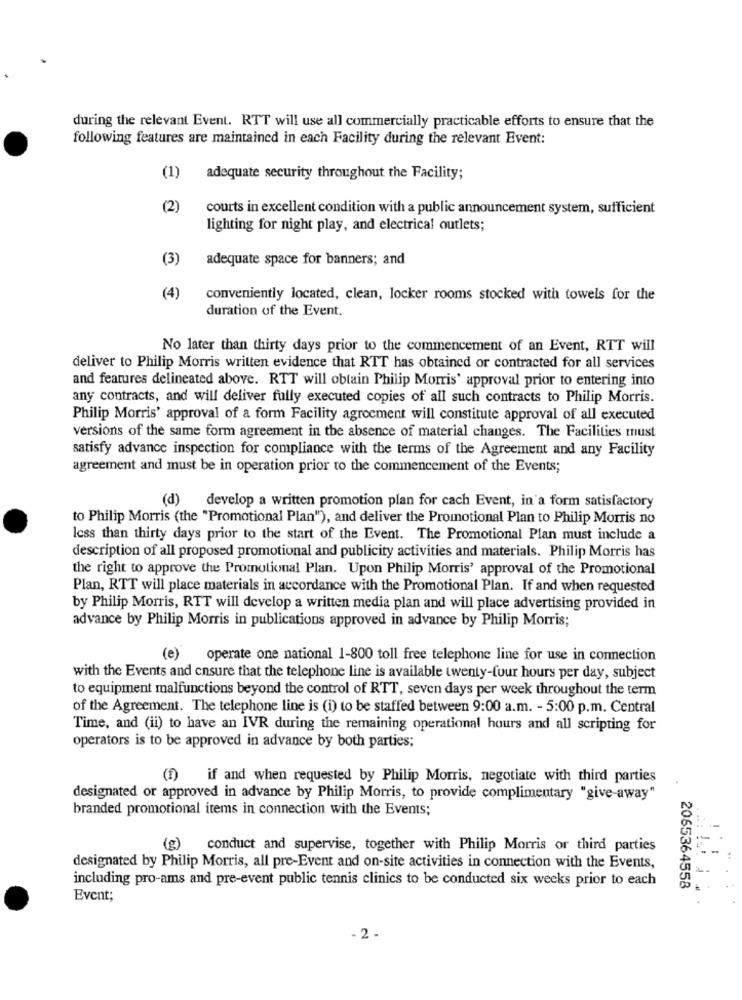
during the relevant Event. RTT will use all commercially practicable efforts to ensure that the
following features are maintained in each Facility during the relevant Event:
(1)
adequate security throughout the Facility;
(2)
courts in excellent condition with a public announcement system, sufficient
lighting for night play, and electrical outlets;
(3)
adequate space for banners; and
(4)
conveniently located, clean, locker rooms stocked with towels for the
duration of the Event.
No later than thirty days prior to the commencement of an Event, RTT will
deliver to Philip Morris written evidence that RTT has obtained or contracted for all services
and features delineated above. RTT will obtain Philip Morris' approval prior to entering into
any contracts, and will deliver fully executed copies of all such contracts to Philip Morris.
Philip Morris' approval of a form Facility agreement will constitute approval of all executed
versions of the same form agreement in the absence of material changes. The Facilities must
satisfy advance inspection for compliance with the terms of the Agreement and any Facility
agreement and must be in operation prior to the commencement of the Events;
(d) develop a written promotion plan for cach Event, in'a form satisfactory
to Philip Morris (the "Promotional Plan"), and deliver the Promotional Plan to Philip Morris no
Icss than thirty days prior to the start of the Event. The Promotional Plan must include a
description of all proposed promotional and publicity activities and materials. Philip Morris has
the right to approve the Promotional Plan. Upon Philip Morris' approval of the Promotional
Plan, RTT will place materials in accordance with the Promotional Plan. If and when requested
by Philip Morris, RTT will develop a written media plan and will place advertising provided in
advance by Philip Morris in publications approved in advance by Philip Morris;
(e) operate one national 1-800 toll free telephone line for use in connection
with the Events and ensure that the telephone line is available twenty-four hours per day, subject
to equipment malfunctions beyond the control of RTT, seven days per week throughout the term
of the Agreement. The telephone line is (i) to be staffed between 9:00 a.m. - 5:00 p.m. Central
Time, and (ii) to have an IVR during the remaining operational hours and all scripting for
operators is to be approved in advance by both parties;
(f) if and when requested by Philip Morris, negotiate with third parties
designated or approved in advance by Philip Morris, to provide complimentary "give-away"
branded promotional items in connection with the Events;
(g)
conduct and supervise, together with Philip Morris or third parties
designated by Philip Morris, all pre-Event and on-site activities in connection with the Events,
including pro-ams and pre-event public tennis clinics to be conducted six weeks prior to each
2065364558
Event;
- 2 -